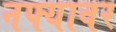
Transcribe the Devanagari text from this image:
नफ्यावर